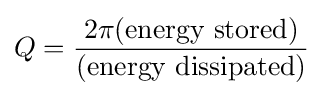
Q={\frac {2\pi ({\text{energy stored}})}{({\text{energy dissipated}})}}